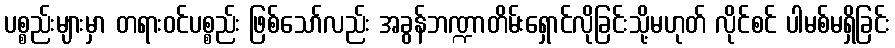
ပစ္စည်းများမှာ တရားဝင်ပစ္စည်း ဖြစ်သော်လည်း အခွန်ဘဏ္ဍာတိမ်းရှောင်လိုခြင်းသို့မဟုတ် လိုင်စင် ပါမစ်မရှိခြင်း